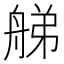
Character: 䑯